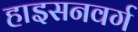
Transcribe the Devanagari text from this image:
हाइसनवर्ग